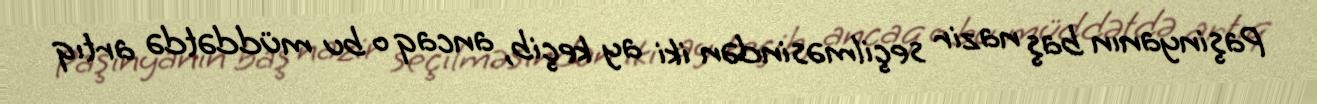
Paşinyanın baş nazir seçilməsindən iki ay keçib, ancaq o bu müddətdə artıq